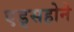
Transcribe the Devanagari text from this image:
एड्सहोने